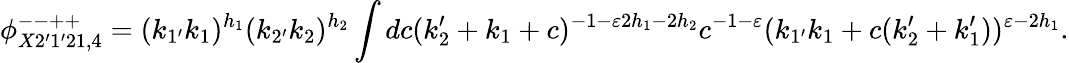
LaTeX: \phi_{X2^{\prime}1^{\prime}21,4}^{--++}=(k_{1^{\prime}}k_{1})^{h_{1}}(k_{2^{\prime}}k_{2})^{h_{2}}\int dc(k_{2}^{\prime}+k_{1}+c)^{-1-\varepsilon 2h_{1}-2h_{2}}c^{-1-\varepsilon}(k_{1^{\prime}}k_{1}+c(k_{2}^{\prime}+k_{1}^{\prime}))^{\varepsilon-2h_{1}}.